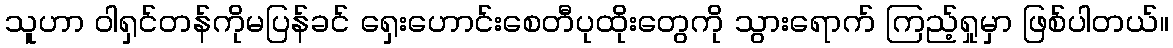
သူဟာ ဝါရှင်တန်ကိုမပြန်ခင် ရှေးဟောင်းစေတီပုထိုးတွေကို သွားရောက် ကြည့်ရှုမှာ ဖြစ်ပါတယ်။